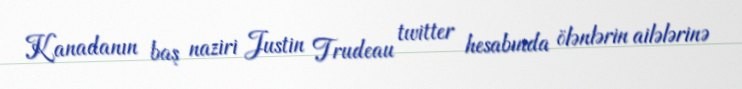
Kanadanın baş naziri Justin Trudeau twitter hesabında ölənlərin ailələrinə